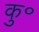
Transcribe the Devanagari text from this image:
कु॰